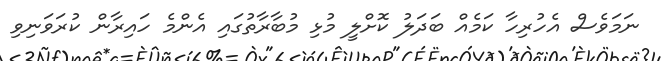
ނަމަވެސް އެހުރިހާ ކަމެއް ބަދަލު ކޮށްލީ މުޅި މުބާރާތުގައި އެންމެ ހައިރާން ކުރަވަނިވި